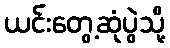
ယင်းတွေ့ဆုံပွဲသို့